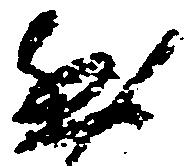
然